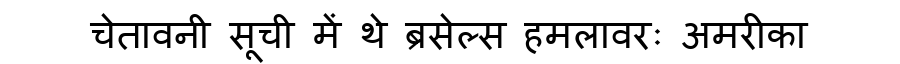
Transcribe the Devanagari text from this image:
चेतावनी सूची में थे ब्रसेल्स हमलावरः अमरीका